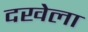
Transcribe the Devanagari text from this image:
दखेला